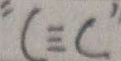
C \equiv C ^ { \prime }